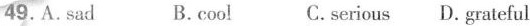
49.A.sad B.cool C.serious D.grateful